Leningradi_Edasi_toimetus, lk 103
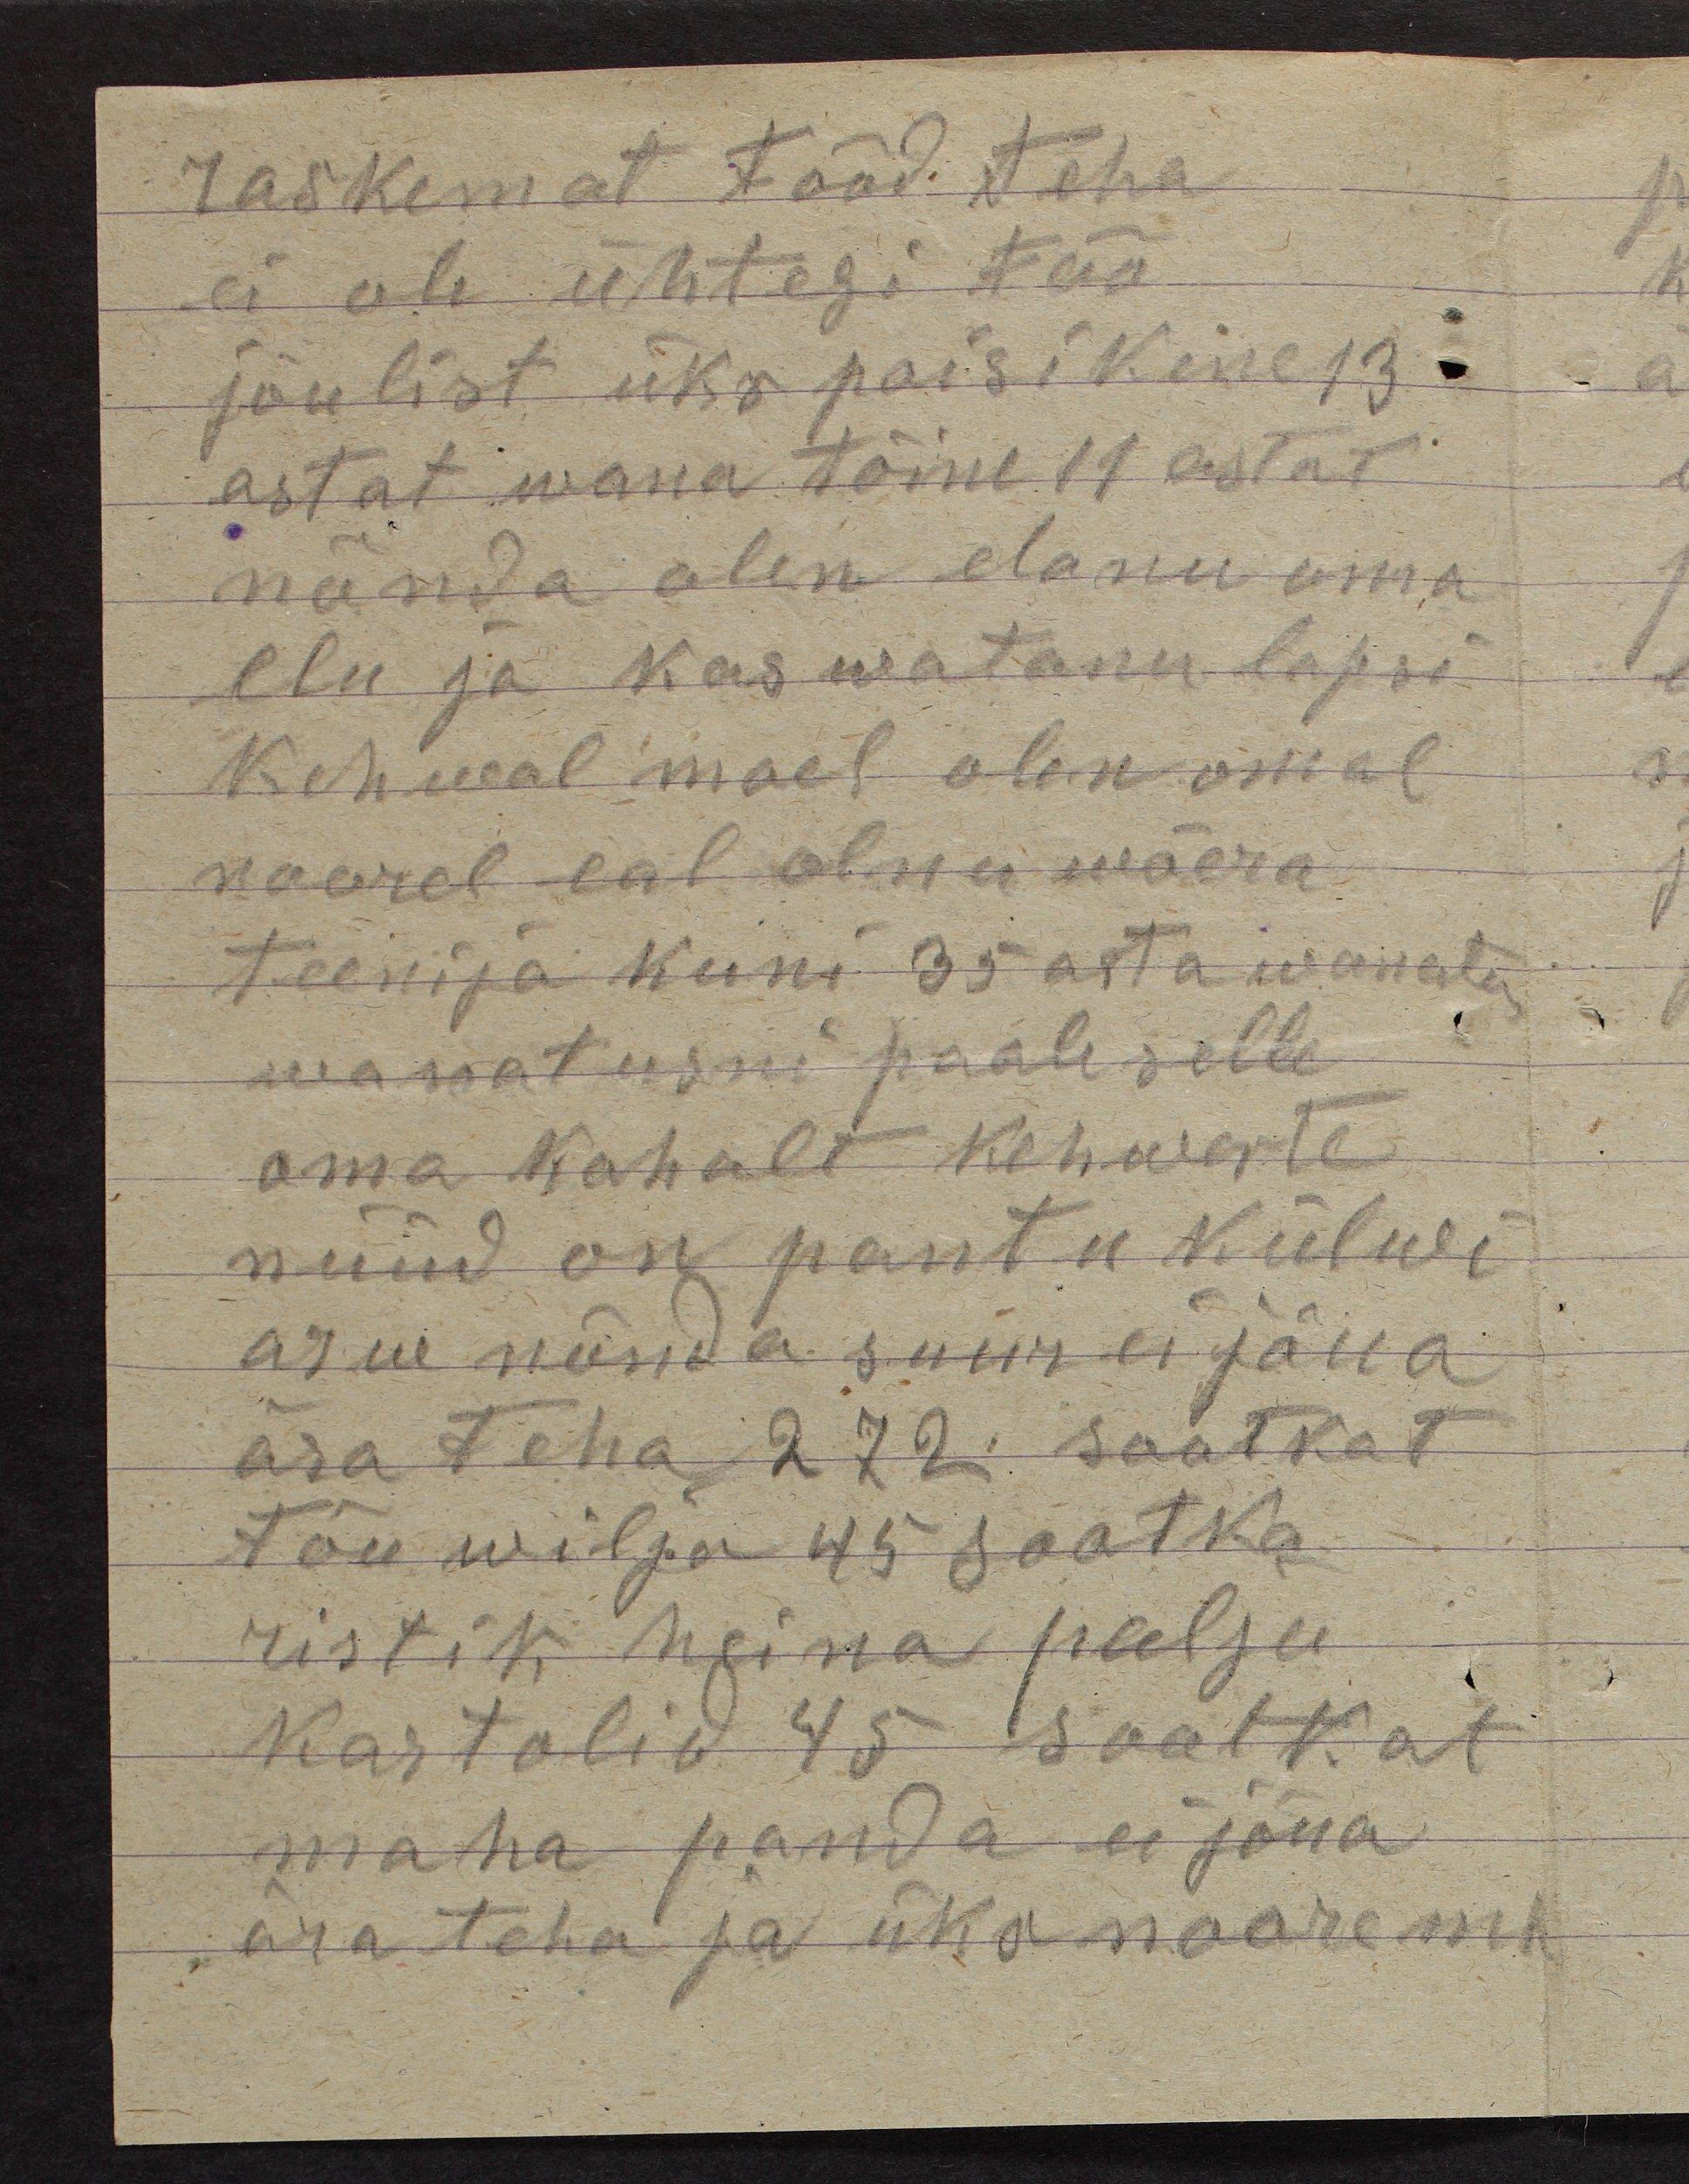
raskemat tööd teha
ei ole ühtegi töö
jõulist üks poisikene 13
astat wana tõine 11 astat
nõnda olen elanu oma
elu ja kaswatanu lapsi.
Kehwal moel olen omal
noorel eal olnu wõera
teenija kuni 35 asta wanatus
wanatusni paale selle
oma kohalt kehwerte
nüüd on pantu külwi
arw nõnda suur ei jõua
ära teha 272 saatkat
tõu wilja 45 saatka
ristik heina palju
kartolid 45 saatkat
maha panda ei jõua
ära teha ja üks nooremb